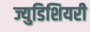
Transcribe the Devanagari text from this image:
ज्युडिशियरी